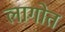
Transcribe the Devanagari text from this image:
लागोत